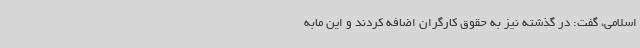
اسلامی، گفت: در گذشته نیز به حقوق کارگران اضافه کردند و این مابه‌